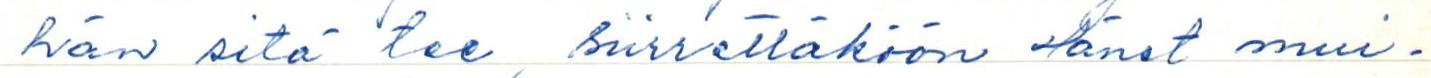
hän sitä tee, siirrettäköön Hänet mui-